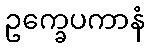
ဥက္ခေပကာနံ